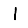
Digit: 1